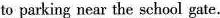
to parking near the school gate.